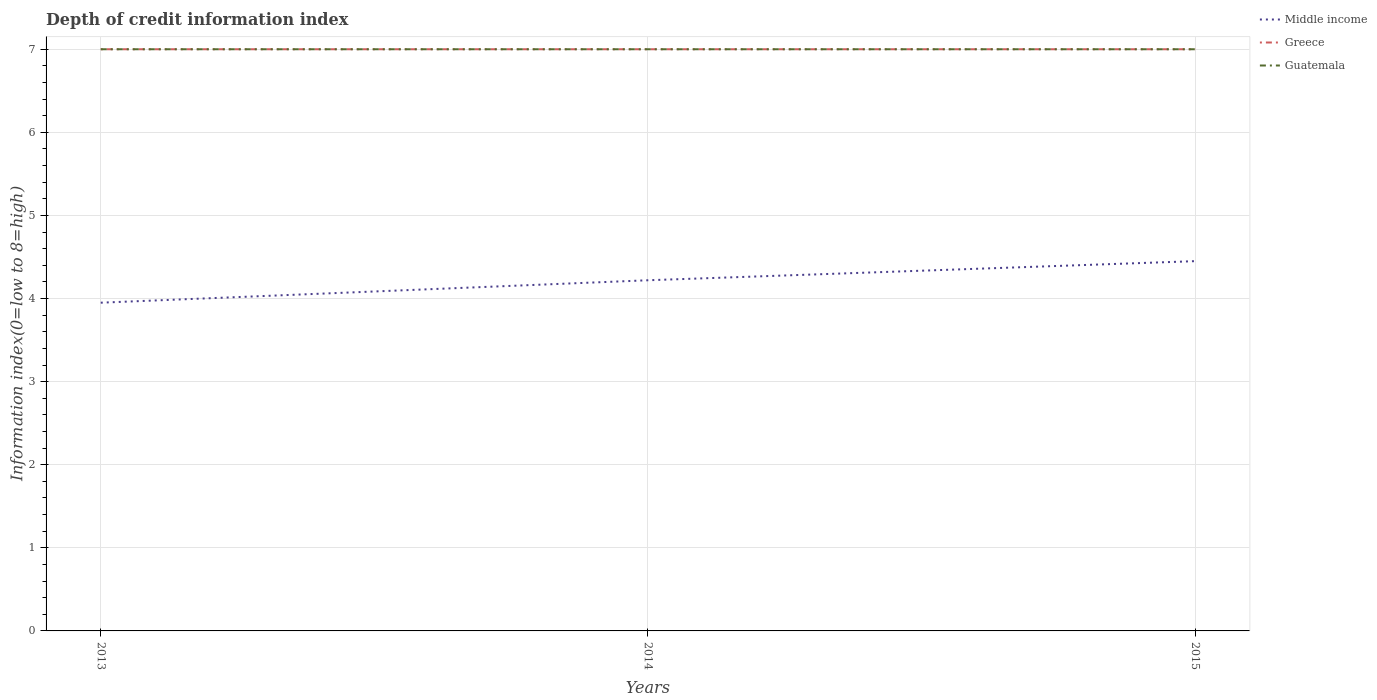
| Years | Middle income | Greece | Guatemala |
 | --- | --- | --- | --- |
 | 2013 | 3.95 | 7 | 7 |
 | 2014 | 4.22 | 7 | 7 |
 | 2015 | 4.45 | 7 | 7 |